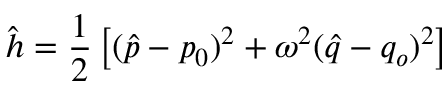
\hat { h } = \frac { 1 } { 2 } \left[ ( \hat { p } - p _ { 0 } ) ^ { 2 } + \omega ^ { 2 } ( \hat { q } - q _ { o } ) ^ { 2 } \right]